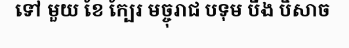
ទៅ មួយ ខែ ក្បែរ មច្ចុរាជ បទុម បឹង បិសាច